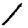
Digit: 1